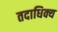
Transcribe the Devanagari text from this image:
तदाधिक्य